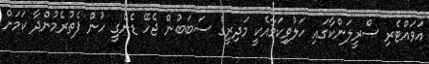
އަވައްޓެރި ސްރީލަންކާގައި ހަލުވިކަމާއެކީ މަދިރީގެ ސަބަބުން ޖެހޭ ޑެންގީ ހުން ފެތުރެމުންދާ ކަމަށް